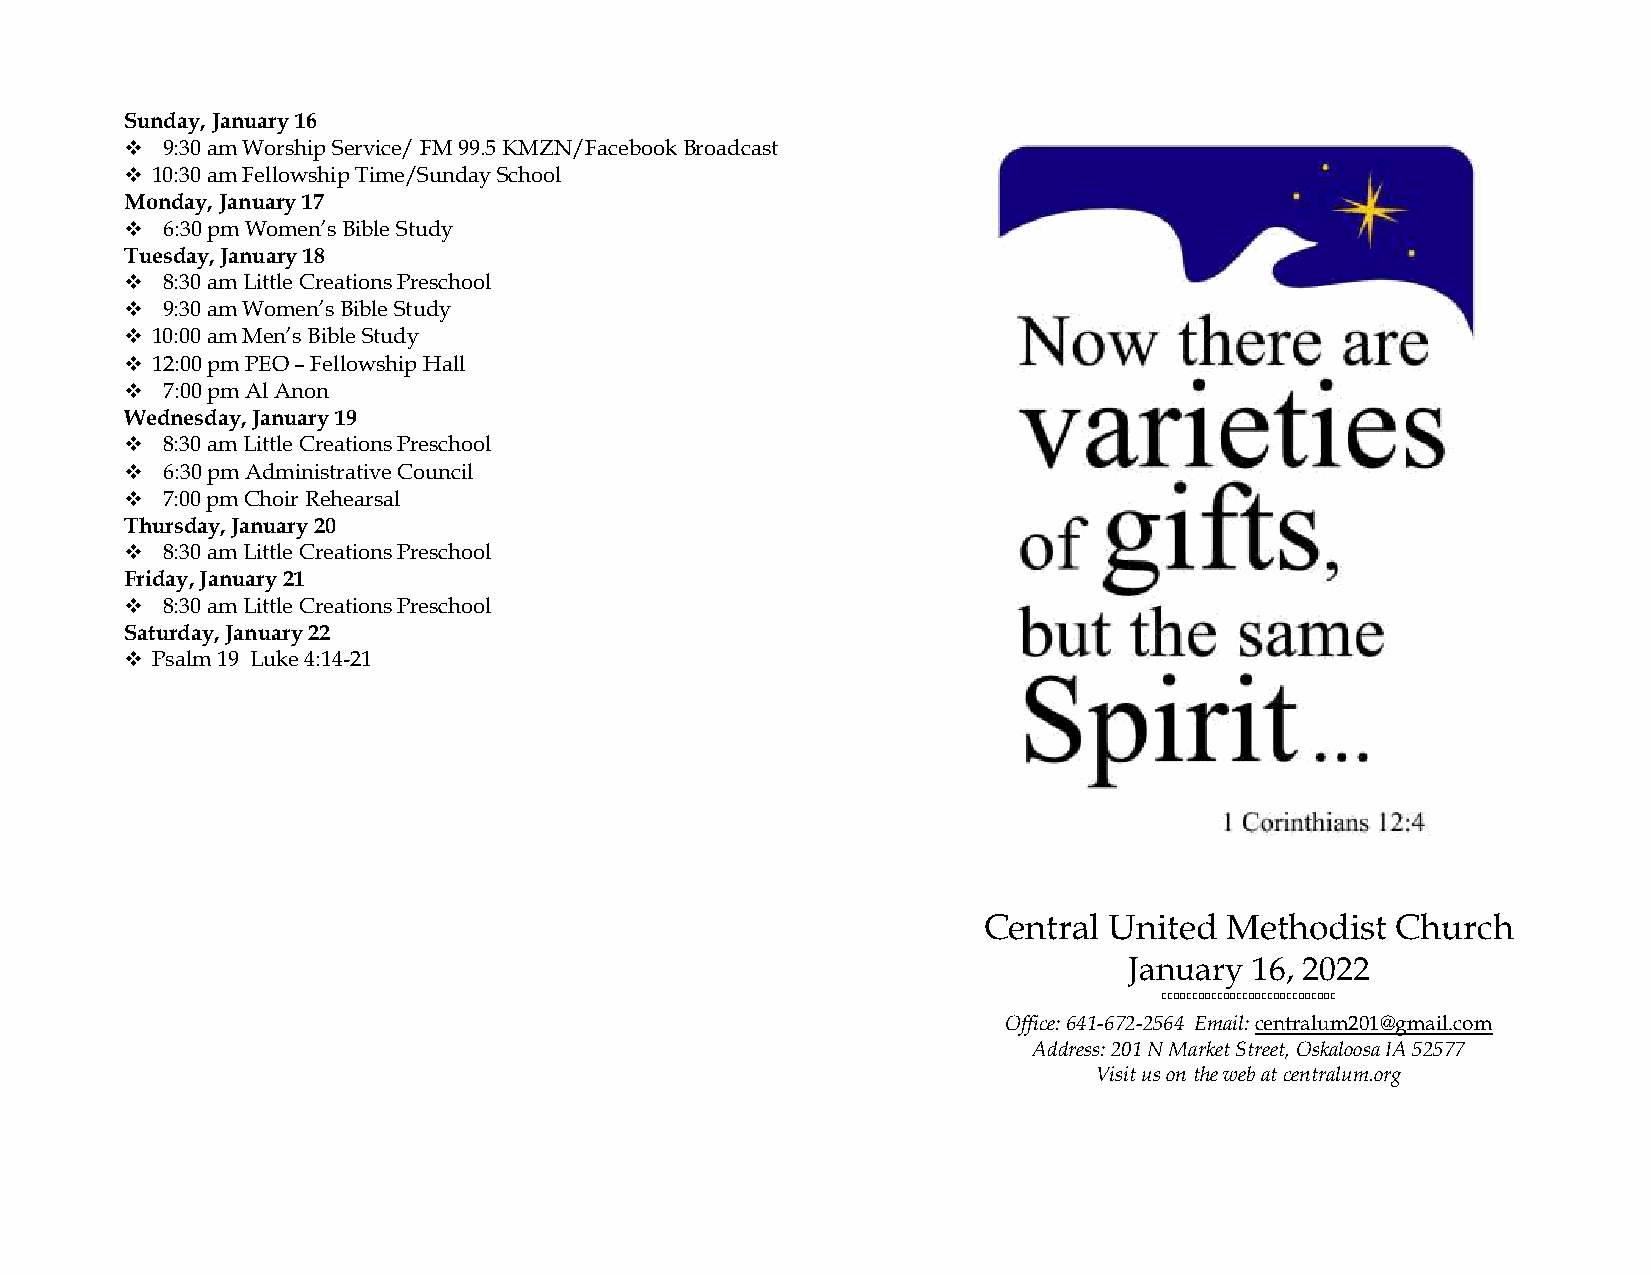
S unday, January 16
   9:30 am Worship Service/ FM 99.5 KMZN/Facebook Broadcast
  10:30 am Fellowship Time/Sunday School
 Monday, January 17
   6:30 pm Women’s Bible Study
 Tuesday, January 18
   8:30 am Little Creations Preschool
   9:30 am Women’s Bible Study
  10:00 am Men’s Bible Study
  12:00 pm PEO – Fellowship Hall
   7:00 pm Al Anon
 Wednesday, January 19
   8:30 am Little Creations Preschool
   6:30 pm Administrative Council
   7:00 pm Choir Rehearsal
 Thursday, January 20
   8:30 am Little Creations Preschool
 Friday, January 21
   8:30 am Little Creations Preschool
 Saturday, January 22
  Psalm 19 Luke 4:14-21
 Central United  Methodist  Church
 January 16, 2022
 Office: 641-672-2564 Email: centralum201@gmail.com
 Address: 201 N Market Street, Oskaloosa IA 52577
 Visit us on the web at centralum.org